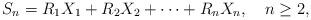
LaTeX: \begin{align*}S_n=R_{1}X_{1}+R_{2}X_{2}+\cdots +R_{n}X_{n},\ \ \ n\geq 2,\end{align*}